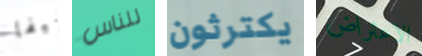
شيفا للناس يكترثون الاعتراض